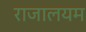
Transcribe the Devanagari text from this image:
राजालयम